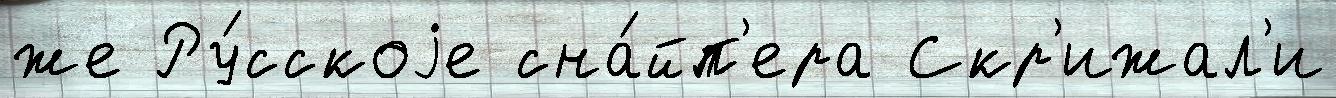
же Ру́сскоjе сна́йп'ера Скр'ижал'и